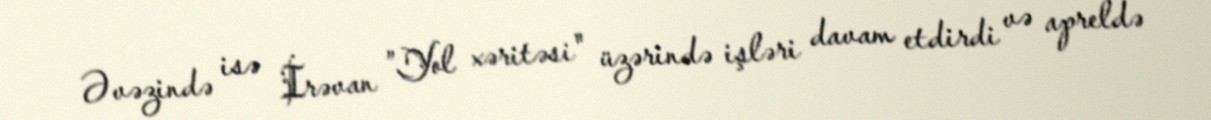
Əvəzində isə İrəvan ”Yol xəritəsi" üzərində işləri davam etdirdi və apreldə